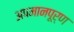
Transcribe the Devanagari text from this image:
अपमानपूर्ण